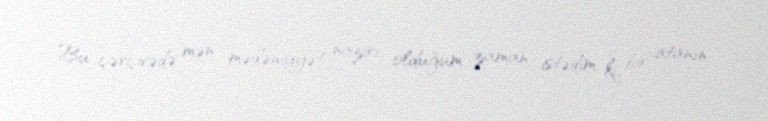
Bu çərçivədə mən mədəniyyət naziri olduğum zaman istədim ki, bir atanın